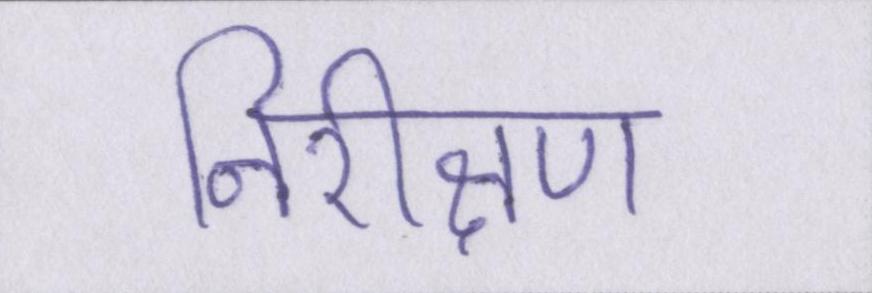
निरीक्षण